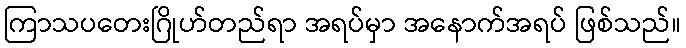
ကြာသပတေးဂြိုဟ်တည်ရာ အရပ်မှာ အနောက်အရပ် ဖြစ်သည်။